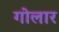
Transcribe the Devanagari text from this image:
गोलार